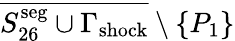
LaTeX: \overline{{S_{26}^{\mathrm{seg}}\cup\Gamma_{\mathrm{{shock}}}}}\setminus{\{ P_{1}\} }